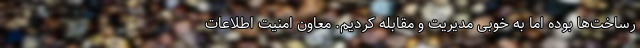
رساخت‌ها بوده اما به خوبی مدیریت و مقابله کردیم. معاون امنیت اطلاعات